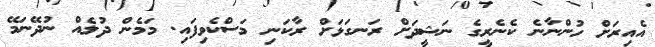
އެއިރަށް ހުންނާނެ ކެނެރީގެ ނަޝީދަށް ރަނގަޅަށް ރާކަނި މަސްކެވިފައި. މަމެން ދުލެއް ނުދޭނަމޭ